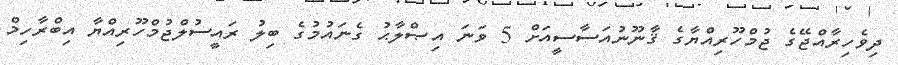
ދިވެހިރާއްޖޭގެ ޖުމްހޫރިއްޔާގެ ޤާނޫނުއަސާސީއަށް 5 ވަނަ އިޞްލާޙު ގެނައުމުގެ ބިލު ރައީސުލްޖުމްހޫރިއްޔާ އިބްރާހިމް